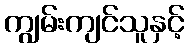
ကျွမ်းကျင်သူနှင့်